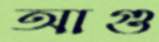
আগু